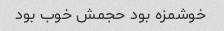
خوشمزه بود حجمش خوب بود